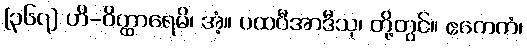
[၃၆၇] ဟိ-ဝိတ္ထာရေမိ၊ အံ့။ ပထဝီအာဒီသု၊ တို့တွင်။ ဧကေကံ၊